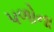
પળોના